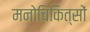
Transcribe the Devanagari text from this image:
मनोचिकित्सों